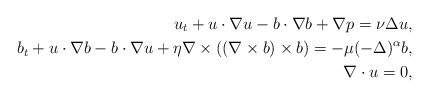
LaTeX: \begin{align*}u_t+u\cdot\nabla u-b\cdot\nabla b+\nabla p=\nu\Delta u,\\b_t+u\cdot\nabla b-b\cdot\nabla u+\eta\nabla\times((\nabla\times b)\times b)=-\mu(-\Delta)^\alpha b,\\\nabla \cdot u=0, \end{align*}